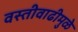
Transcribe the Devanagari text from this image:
वस्तीवाढीमुळे